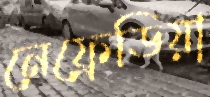
নেফ্রেডিয়া